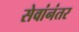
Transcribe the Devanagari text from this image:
सेवांनंतर